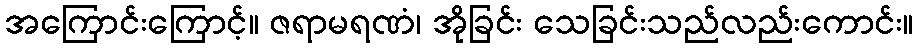
အကြောင်းကြောင့်။ ဇရာမရဏံ၊ အိုခြင်း သေခြင်းသည်လည်းကောင်း။